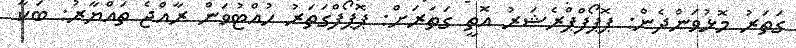
ގަތަރު މޮޅުވަންދެން: ޕޮޕޯފްޕްރެޝަރު އޮތީ ގަތަރަށް: ޕޮޕޯފްގަތަރު ހުއްޓުވަން ރާއްޖެ ތައްޔާރު: ބަކާ